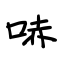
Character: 哧